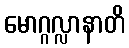
မောဂ္ဂလ္လာနာတိ